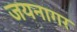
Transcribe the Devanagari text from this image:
जयनागर